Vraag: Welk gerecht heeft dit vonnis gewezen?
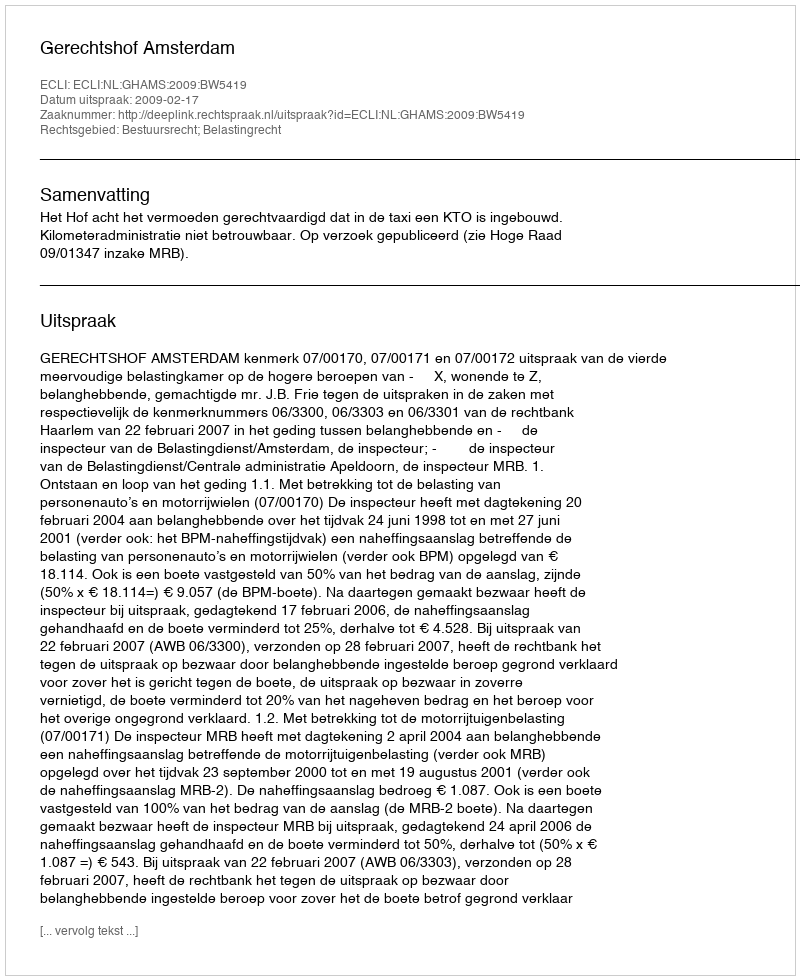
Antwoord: Gerechtshof Amsterdam